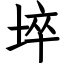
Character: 埣